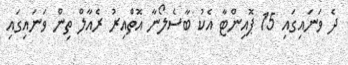
ދެ ވަނައިގައި 15 ޕޮއިންޓާ އެކު ބާސެލޯނާ އޮތްއިރު ރެއާލް ތިން ވަނައިގައި